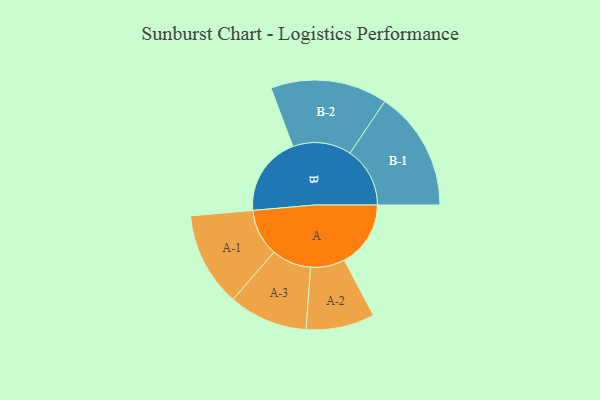
{"axis": {"x": "Segment", "y": "Value"}, "legend": ["", "A", "B"], "data": [{"x": "A", "y": 217, "type": ""}, {"x": "B", "y": 260, "type": ""}, {"x": "A-1", "y": 154, "type": "A"}, {"x": "A-2", "y": 112, "type": "A"}, {"x": "A-3", "y": 129, "type": "A"}, {"x": "B-1", "y": 196, "type": "B"}, {"x": "B-2", "y": 191, "type": "B"}]}